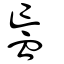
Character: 衁